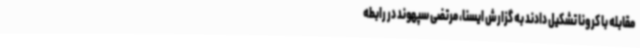
مقابله با کرونا تشکیل دادند به گزارش ایسنا، مرتضی سپهوند در رابطه